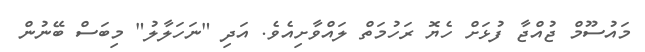
މައުސޫމް ޖުއްޖާ ފުޅަށް ހެޔޮ ރަހުމަތް ލައްވާށިއެވެ. އަދި "ނަހަލާލު" މިބަސް ބޭނުން